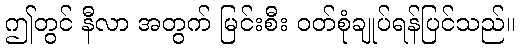
ဤတွင် နီလာ အတွက် မြင်းစီး ဝတ်စုံချုပ်ရန်ပြင်သည်။